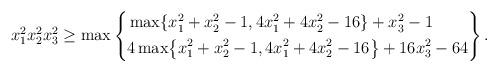
LaTeX: \begin{align*}x_1^2x_2^2x_3^2 \geq \max\left\{\begin{aligned}&\max \{x_1^2 + x_2^2 - 1, 4x_1^2 + 4x_2^2 - 16 \} + x_3^2 -1 \\ &4 \max \bigl\{x_1^2 + x_2^2 - 1, 4x_1^2 + 4x_2^2 - 16 \bigr\} + 16 x_3^2 -64\end{aligned} \right\}.\end{align*}